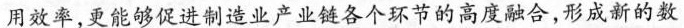
用效率，更能够促进制造业产业链各个环节的高度融合，形成新的数